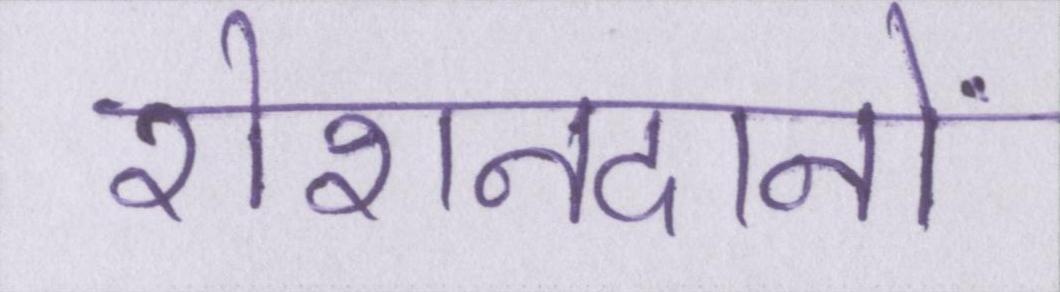
रोशनदानों